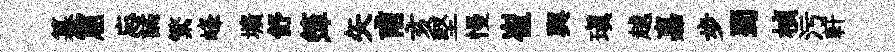
纂窟忘譎繁峰壙舒𥱼矢甫亥堅慢崔輿瑱越嘉步蜀楨污軒